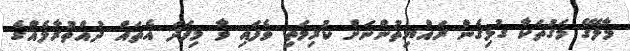
މާލޭގެ މަގުތަކާ ގުޅިގެން ރައްޔިތުންނަށް ކުރިމަތި ވެފައި ވާ މިފަދަ އެތައް ދުއްތުރާލެއްގެ